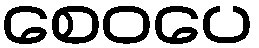
စေဝပေ